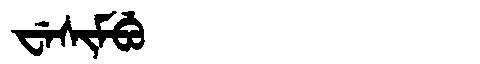
Manchu: ᠸᡝᠰᡳᠮᠪᡠ
Romanization: WESIMBU